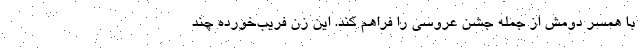
با همسر دومش از جمله جشن عروسی را فراهم کند. این زن فریب‌خورده چند